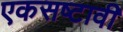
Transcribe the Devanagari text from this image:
एकसष्टावी